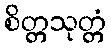
စိတ္တသုတ္တံ